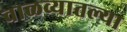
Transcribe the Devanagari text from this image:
वाळव्यातल्या